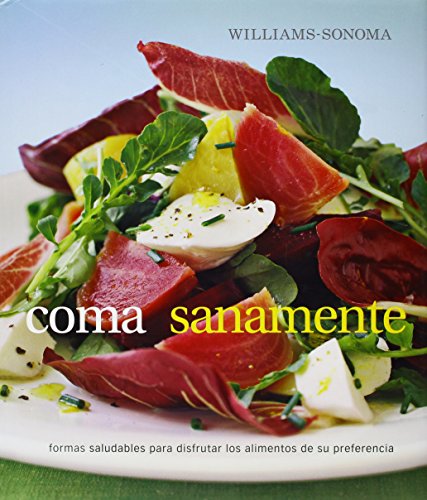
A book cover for Coma Sanamente/ Eat Well (Spanish Edition); Charity Ferreira; Cookbooks, Food & Wine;